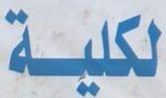
لكلية